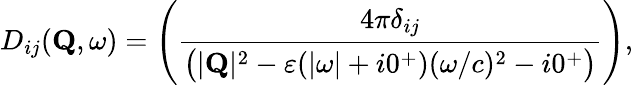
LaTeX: D_{ij}({\mathbf Q},\omega)=\left({\frac{4\pi\delta_{ij}}{\big(|{\mathbf Q}|^{2}-\varepsilon(|\omega|+i0^{+})(\omega/c)^{2}-i0^{+}\big)}}\right),